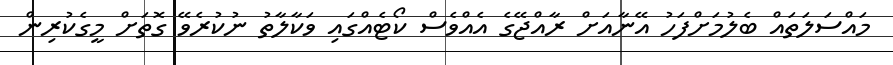
މައްސަލަތައް ބެލުމަށްފަހު އޭނާއަށް ރާއްޖޭގެ އެއްވެސް ކޯޓެއްގައި ވަކާލާތު ނުކުރެވޭ ގޮތަށް މީގެކުރިން